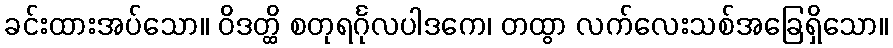
ခင်းထားအပ်သော။ ဝိဒတ္ထိ စတုရင်္ဂုလပါဒကေ၊ တထွာ လက်လေးသစ်အခြေရှိသော။